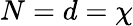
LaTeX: N=d=\chi